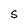
Character: S